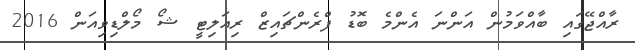
ރާއްޖޭގައި ބާއްވަމުން އަންނަ އެންމެ ބޮޑު ފްރެންޗައިޒް ރިއަލިޓީ ޝޯ މޯލްޑިވިއަން 2016